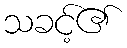
သခင့်၏